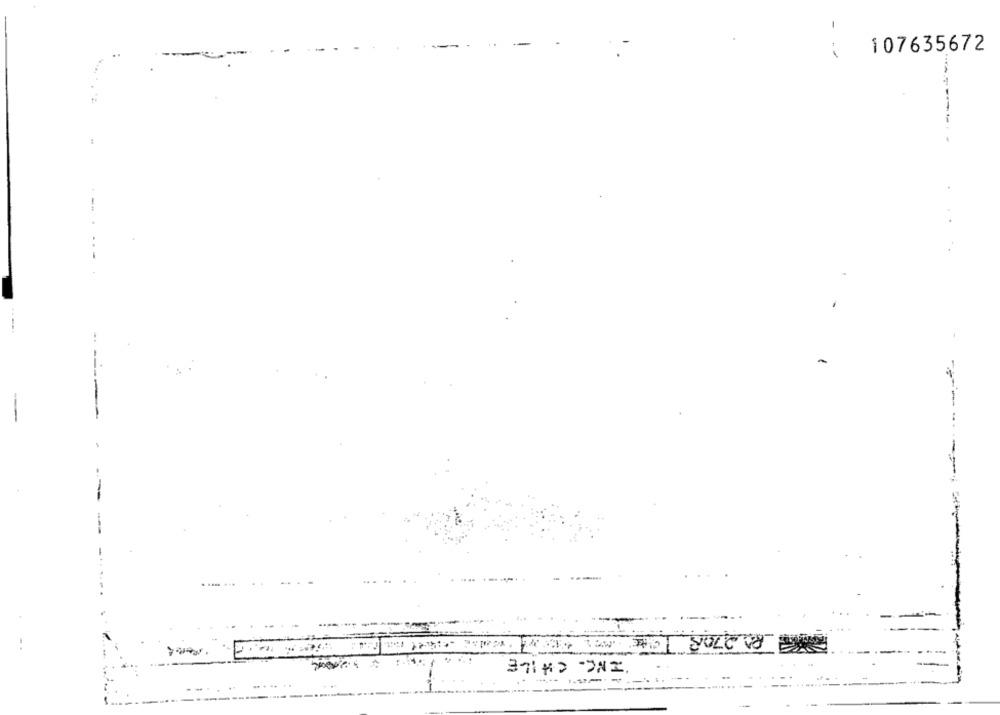
--
107635672
.--
-
----.
--
. ...
AB SOLO VU
>
-----